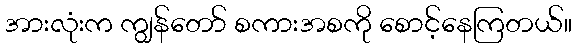
အားလုံးက ကျွန်တော် စကားအစကို စောင့်နေကြတယ်။